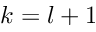
k = l + 1